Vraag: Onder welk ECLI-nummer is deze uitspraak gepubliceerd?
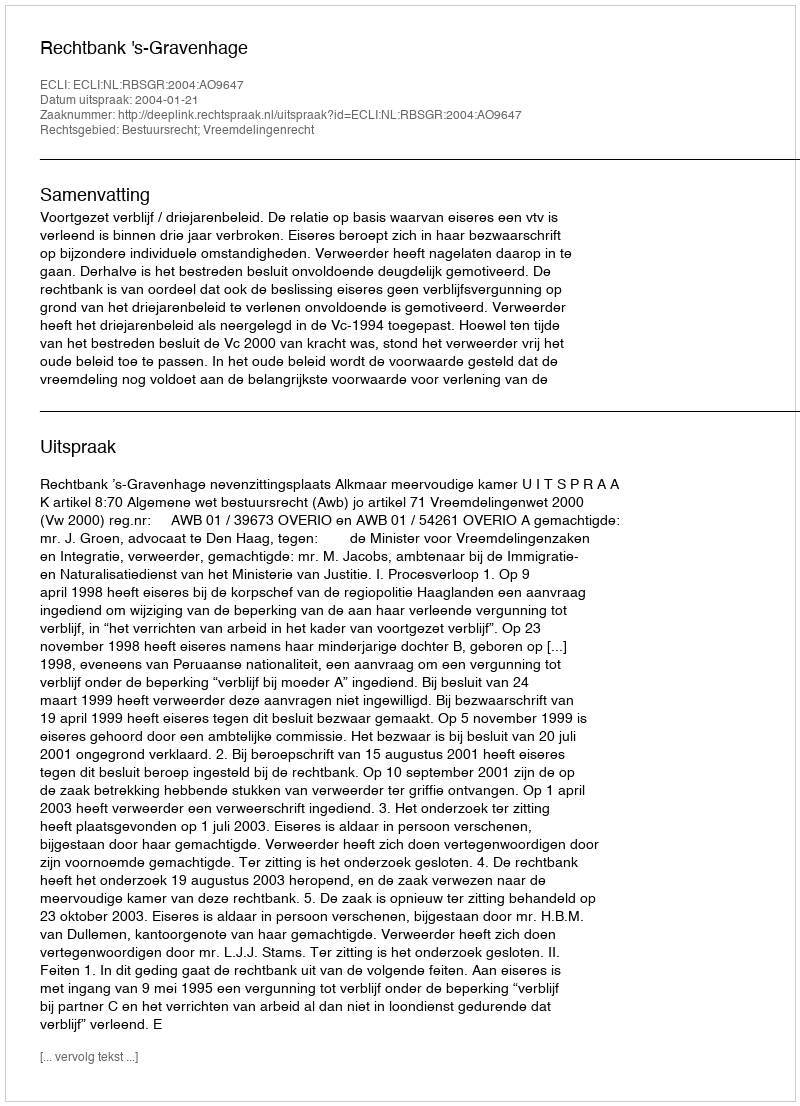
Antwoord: ECLI:NL:RBSGR:2004:AO9647